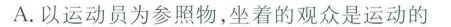
A. 以运动员为参照物，坐着的观众是运动的